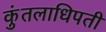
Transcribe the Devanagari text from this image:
कुंतलाधिपती